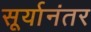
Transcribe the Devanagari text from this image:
सूर्यानंतर